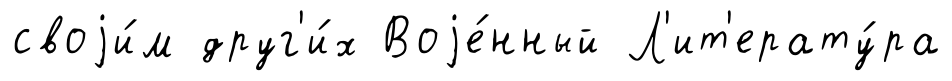
своjи́м друг'и́х Воjе́нный Л'ит'ерату́ра